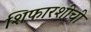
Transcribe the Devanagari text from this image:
शिफारशीची